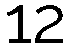
12